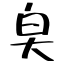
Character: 㚖